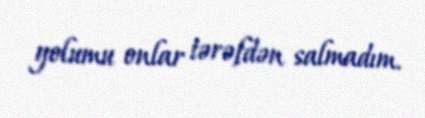
yolumu onlar tərəfdən salmadım.